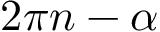
2 \pi n - \alpha